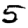
Digit: 5